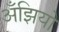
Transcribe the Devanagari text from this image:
अँझियो